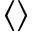
\langle \rangle